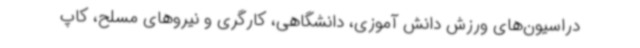
دراسیون‌های ورزش دانش آموزی، دانشگاهی، کارگری و نیروهای مسلح، کاپ